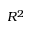
R ^ { 2 }